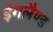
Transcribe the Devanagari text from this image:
इंगलैण्‍ड